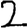
Digit: 2